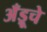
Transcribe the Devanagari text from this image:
अँड्रूचे